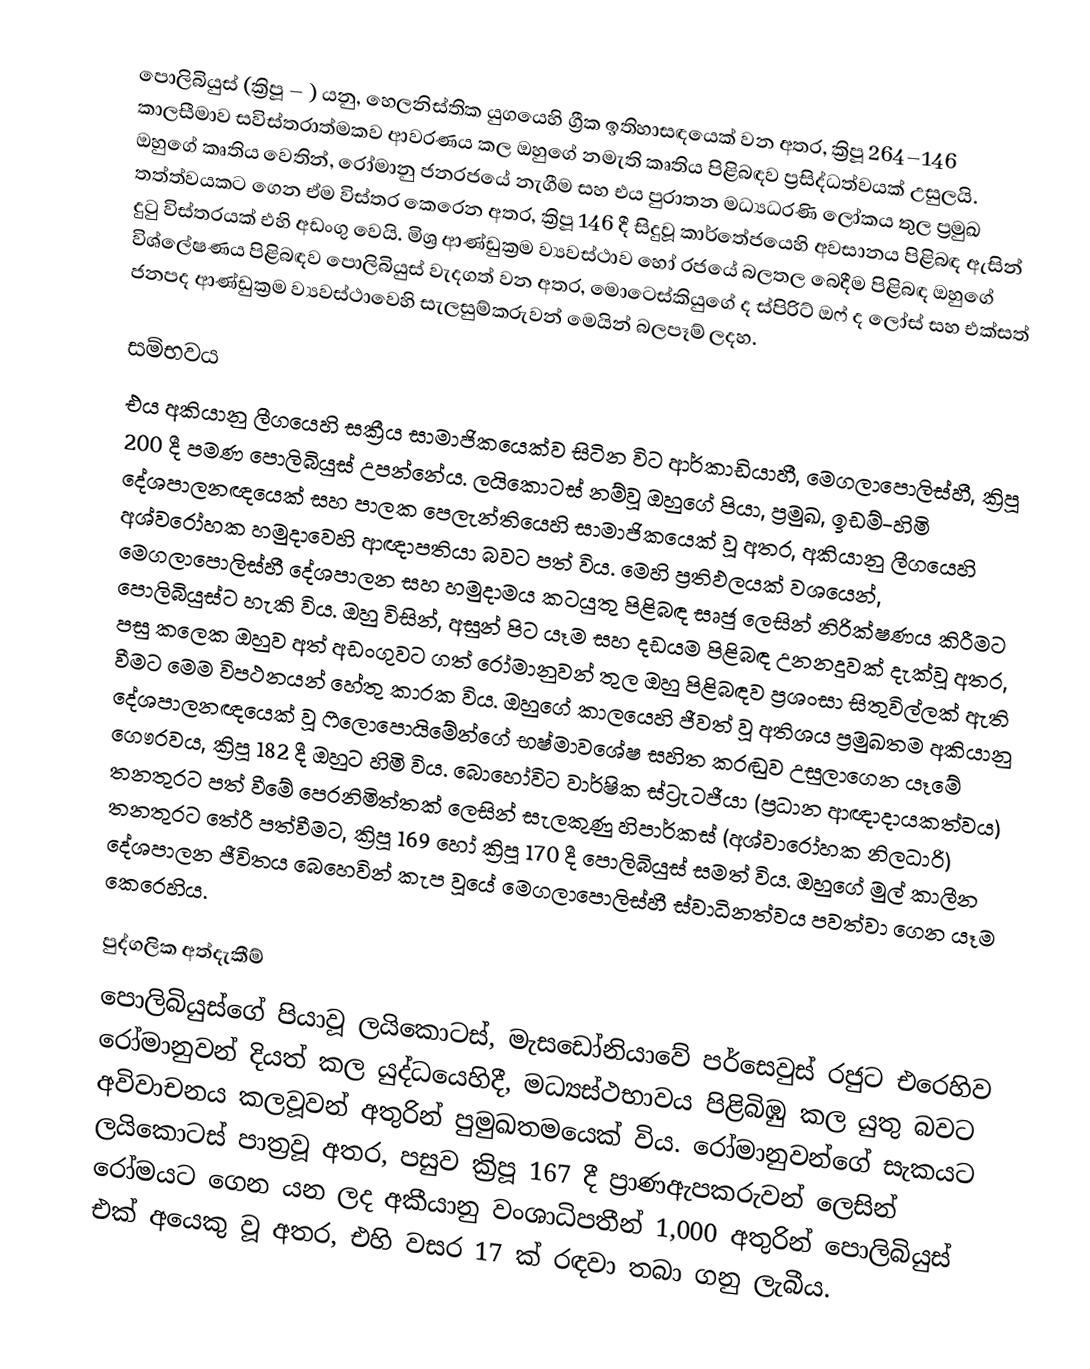
පොලිබියුස් (ක්‍රිපූ   – ) යනු,  හෙලනිස්තික යුගයෙහි ග්‍රීක ඉතිහාසඳයෙක් වන අතර, ක්‍රිපූ  264–146 කාලසීමාව සවිස්තරාත්මකව ආවරණය කල ඔහුගේ    නමැති කෘතිය  පිළිබඳව ප්‍රසිද්ධත්වයක් උසුලයි. ඔහුගේ කෘතිය වෙතින්, රෝමානු ජනරජයේ නැගීම සහ  එය පුරාතන මධ්‍යධරණි ලෝකය තුල ප්‍රමුඛ තත්ත්වයකට ගෙන ඒම විස්තර කෙරෙන අතර,  ක්‍රිපූ 146 දී සිදුවූ  කාර්තේජයෙහි අවසානය පිළිබඳ ඇසින් දුටු විස්තරයක් එහි අඩංගු වෙයි. මිශ්‍ර ආණ්ඩුක්‍රම ව්‍යවස්ථාව හෝ රජයේ බලතල බෙදීම පිළිබඳ ඔහුගේ විශ්ලේෂණය පිළිබඳව පොලිබියුස් වැදගත් වන අතර, මොටෙස්කියුගේ  ද ස්පිරිට් ඔෆ් ද ලෝස්  සහ  එක්සත් ජනපද ආණ්ඩුක්‍රම ව්‍යවස්ථාවෙහි සැලසුම්කරුවන් මෙයින් බලපෑම් ලදහ.

සම්භවය
එය  අකියානු ලීගයෙහි සක්‍රීය සාමාජිකයෙක්ව සිටින විට  ආර්කාඩියාහී, මෙගලාපොලිස්හී,  ක්‍රිපූ 200 දී  පමණ පොලිබියුස් උපන්නේය. ලයිකොටස් නම්වූ ඔහුගේ පියා, ප්‍රමුඛ, ඉඩම්-හිමි දේශපාලනඥයෙක් සහ පාලක පෙලැන්තියෙහි සාමාජිකයෙක් වූ අතර,   අකියානු ලීගයෙහි අශ්වරෝහක හමුදාවෙහි ආඥාපතියා බවට පත්  විය. මෙහි ප්‍රතිඵලයක් වශයෙන්, මෙගලාපොලිස්හී දේශපාලන සහ හමුදාමය කටයුතු පිළිබඳ සෘජු ලෙසින් නිරික්ෂණය කිරීමට පොලිබියුස්ට හැකි විය. ඔහු විසින්, අසුන් පිට යෑම සහ දඩයම පිළිබඳ උනනදුවක් දැක්වූ අතර, පසු කලෙක ඔහුව අත් අඩංගුවට ගත් රෝමානුවන් තුල ඔහු පිළිබඳව ප්‍රශංසා සිතුවිල්ලක් ඇති වීමට මෙම විපථනයන් හේතු කාරක විය. ඔහුගේ කාලයෙහි ජීවත් වූ අතිශය ප්‍රමුඛතම අකියානු දේශපාලනඥයෙක් වූ  ෆීලොපොයිමේන්ගේ භෂ්මාවශේෂ සහිත කරඬුව උසුලාගෙන යෑමේ ගෞරවය,  ක්‍රිපූ 182 දී ඔහුට හිමි විය. බොහෝවිට වාර්ෂික ස්ට්‍රැටජීයා (ප්‍රධාන ආඥාදායකත්වය) තනතුරට පත් වීමේ පෙරනිමිත්තක් ලෙසින් සැලකුණු හිපාර්කස් (අශ්වාරෝහක නිලධාරි) තනතුරට තේරී පත්වීමට, ක්‍රිපූ 169 හෝ ක්‍රිපූ 170 දී පොලිබියුස් සමත් විය. ඔහුගේ මුල් කාලීන දේශපාලන ජීවිතය බෙහෙවින් කැප වූයේ  මෙගලාපොලිස්හී ස්වාධිනත්වය පවත්වා ගෙන යෑම කෙරෙහිය.

පුද්ගලික  අත්දැකීම්
පොලිබියුස්ගේ පියාවූ   ලයිකොටස්,  මැසඩෝනියාවේ පර්සෙවුස් රජුට එරෙහිව රෝමානුවන් දියත් කල යුද්ධයෙහිදී, මධ්‍යස්ථභාවය පිළිබිඹු කල යුතු බවට අවිවාචනය කලවූවන් අතුරින් පුමුඛතමයෙක් විය. රෝමානුවන්ගේ සැකයට ලයිකොටස් පාත්‍රවූ අතර, පසුව ක්‍රිපූ 167 දී ප්‍රාණඇපකරුවන් ලෙසින් රෝමයට ගෙන යන ලද  අකීයානු වංශාධිපතීන් 1,000 අතුරින් පොලිබියුස් එක් අයෙකු වූ අතර,  එහි වසර 17 ක් රඳවා තබා ගනු ලැබීය.